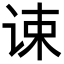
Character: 𬣷